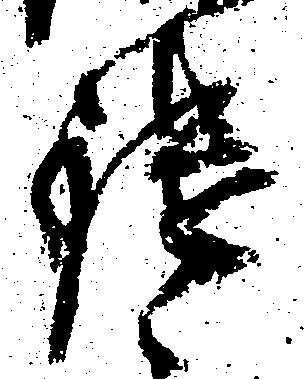
鑓